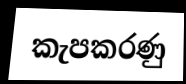
කැපකරණු